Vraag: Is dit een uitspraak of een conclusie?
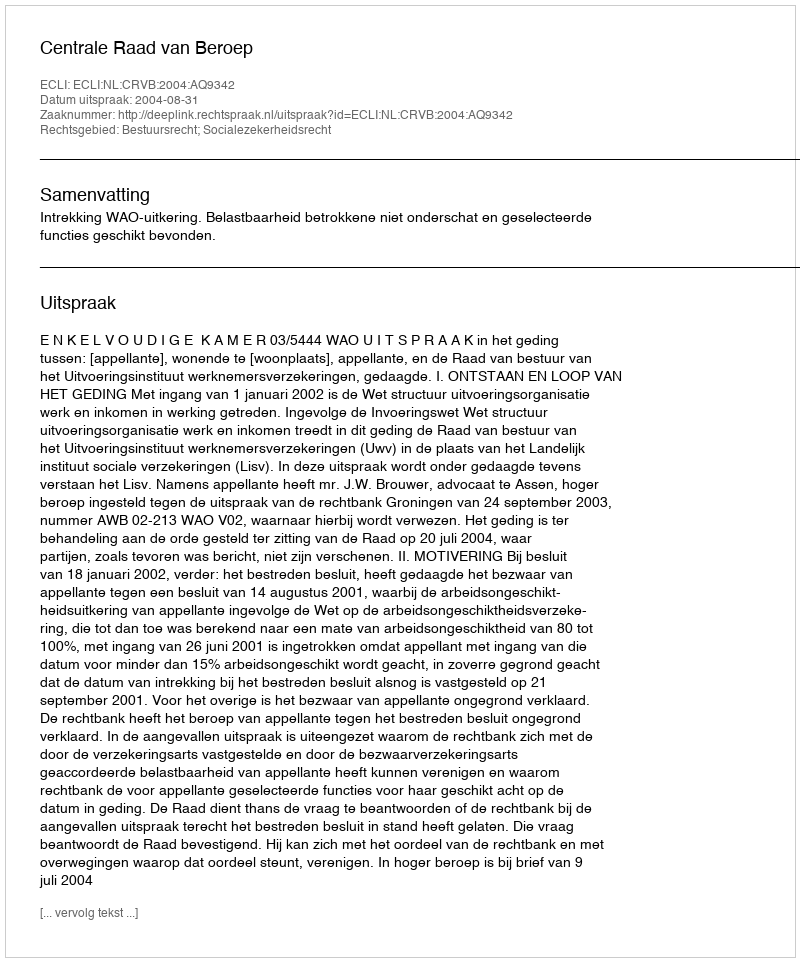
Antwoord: Uitspraak